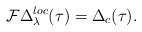
LaTeX: \begin{align*}\mathcal{F}\Delta_\lambda^{loc}(\tau)=\Delta_c(\tau).\end{align*}